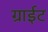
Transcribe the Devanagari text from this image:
ग्राईट